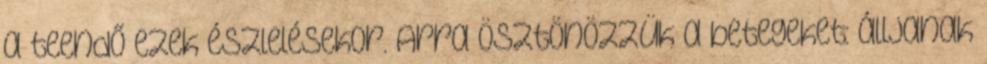
a teendő ezek észlelésekor. Arra ösztönözzük a betegeket: álljanak